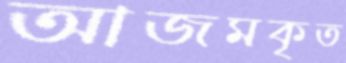
আজমকৃত